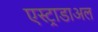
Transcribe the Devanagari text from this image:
एस्ट्राडाअल